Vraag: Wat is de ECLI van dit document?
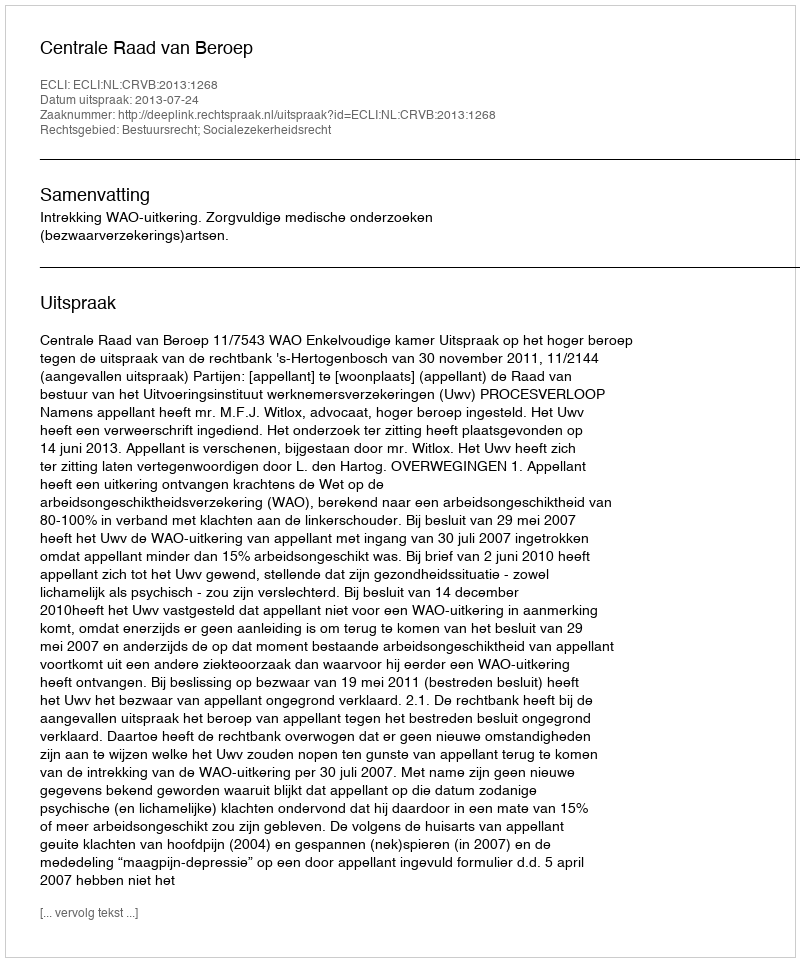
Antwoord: ECLI:NL:CRVB:2013:1268